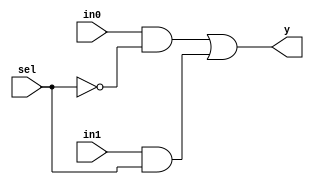
`timescale 1 ns/1 ns
module MUX2x1(
  input in0 , in1 , sel,
  output y
);
	wire [1:0]w , sn;
	assign sn = ~sel;
	and
		(w[0],in0,sn),
		(w[1],in1,sel);
	or
		(y,w[0],w[1]);

endmodule